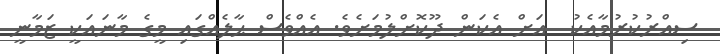
ސިއްރުކުރުމާއެކު  އަށް އެކަންް ދޫކޮށްލުމަށެވެ. އެއްވެސް ޙާލެއްގައި މީގެ މާނައަކީ ޒަމާނީ